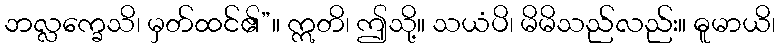
ဘလ္လက္ခေသိ၊ မှတ်ထင်၏”။ ဣတိ၊ ဤသို့။ သယံပိ၊ မိမိသည်လည်း။ ဓူမာယိ၊